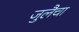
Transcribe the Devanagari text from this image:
जुलैचा